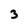
Character: 3